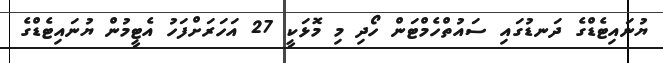
ޔުނައިޓެޑްގެ ދަނޑުގައި ސައުތްހެމްޓަން ހޯދި މި މޮޅަކީ 27 އަހަރަށްފަހު އެޓީމުން ޔުނައިޓެޑްގެ